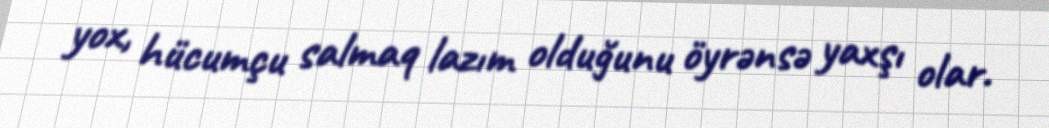
yox, hücumçu salmaq lazım olduğunu öyrənsə yaxşı olar.